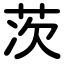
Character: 茨